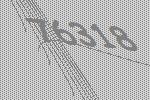
76318